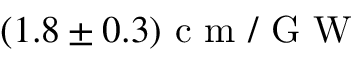
( 1 . 8 \pm 0 . 3 ) \mathrm { ~ c ~ m ~ / ~ G ~ W ~ }